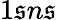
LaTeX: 1\mathfrak{s}n\mathfrak{s}